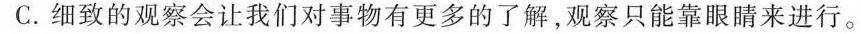
C.细致的观察会让我们对事物有更多的了解，观察只能靠眼睛来进行。